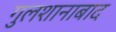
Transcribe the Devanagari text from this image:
गुलशानाबाद